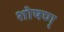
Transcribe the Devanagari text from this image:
शोषण्